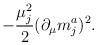
LaTeX: \begin{align*}-\frac{\mu _j^2}2(\partial _\mu m_j^a)^2.\end{align*}